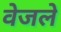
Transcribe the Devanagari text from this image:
वेजले